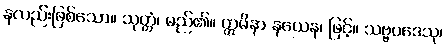
နလည်းဖြစ်သော။ သုတ္တံ၊ မည်၏။ ဣမိနာ နယေန၊ ဖြင့်။ သဗ္ဗပဒေသု၊